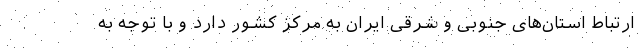
ارتباط استان‌های جنوبی و شرقی ایران به مرکز کشور دارد و با توجه به